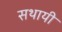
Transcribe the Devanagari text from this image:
सथायी